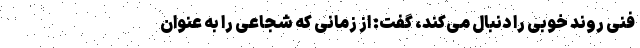
فنی روند خوبی را دنبال می‌کند، گفت: از زمانی که شجاعی را به عنوان